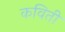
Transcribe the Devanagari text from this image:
कविती